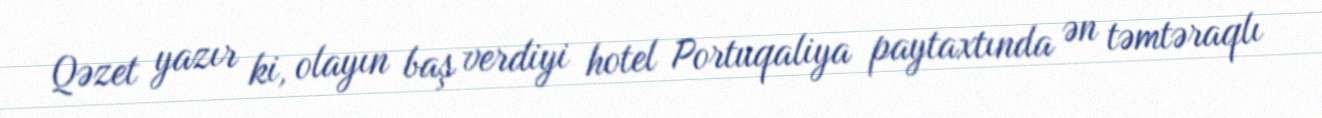
Qəzet yazır ki, olayın baş verdiyi hotel Portuqaliya paytaxtında ən təmtəraqlı